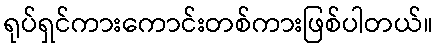
ရုပ်ရှင်ကားကောင်းတစ်ကားဖြစ်ပါတယ်။